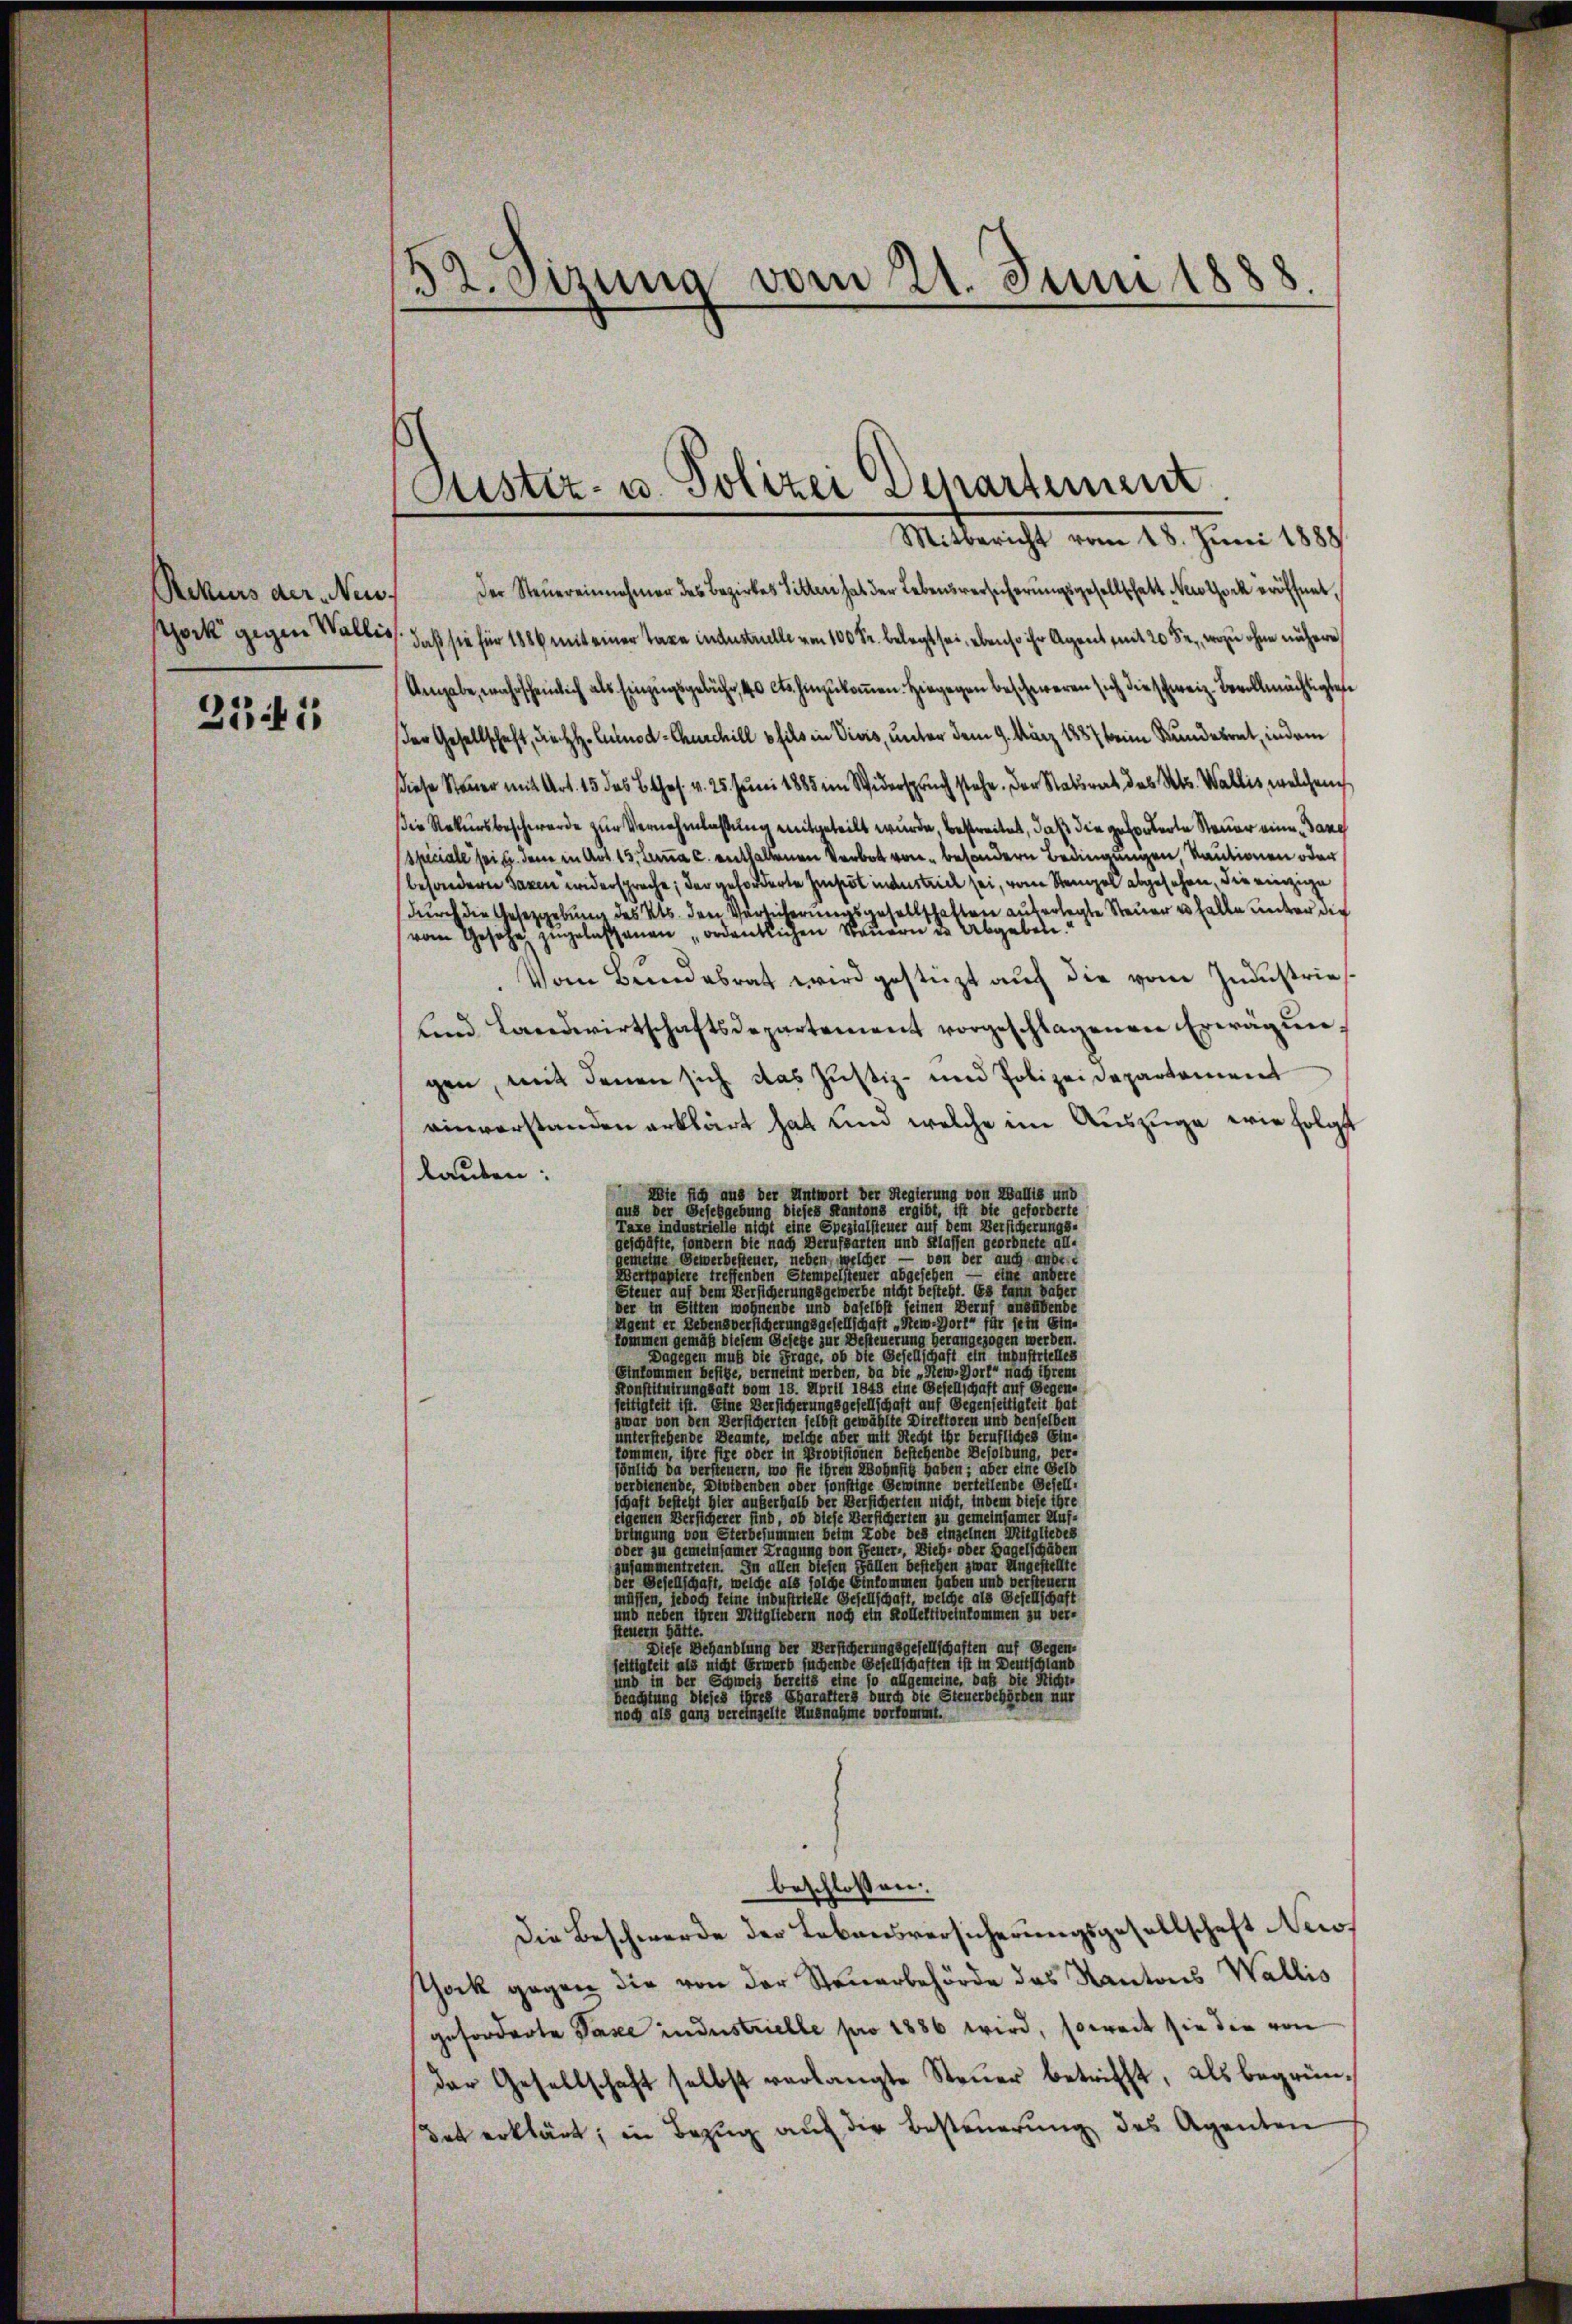
Rekurs der Neiss
stock gegen Wallis

3341

3 2. Sizung vom 21. Juni 1888

Justiz- u. Polizei Departement

Mitbericht vom 18. Juni 1888.
Der Steuereinnehmer des Bezirkes Sitten hat der Lebensversicherungsgesellschaft Nestock eröffnet.
daß sie für 1886 mit einer Taxe industrielle von 100 Fr. belegt sei, ebenso ihr Agent mit 20 Fr., wozu ohne nähere
Angabe, wahrscheinlich als Einzugsgebühr, 40 cts. hinzukommen. Hiegegen beschweren sich die schweiz. Bevollmächtigtete
Der Gesellschaft, die H. Culnod-Chuschill fils in Viers, unter dem 9. März 1887 keine Kundesrat, indem
diese Steuer mit Art. 15 des B. Ges. v. 25. Juni 1885 im Widerspruch stehe. Der Stadtrat des Kts. Wallis, welchen
Die Rekursbeschwerde zur Vernehmlassung mitgeteilt wurde, bestreitet, daß die geforderte Steuer eine Gang
spiciale sei u. Jenne in Art. 15, Lana c. enthaltenen Verbot von besondern Bedingungen, Kautionen oder
besondere Taxen widerspreche; der geforderte Impot industrich sei, von Stempel abgesehen, die einzige
durch die Gesetzgebung des Kts. den Versicherungsgesellschaften auferlegte Steuer u Falle andern die
vom Gesehe zugelassenen „ordentlichen Steuern des Abgeben.
Vom Bundesrat wird gestüzt aus die vom Industries
und Landwirtschaftsdepartement vorgeschlagenen Erwägungen, mit denen sich das Justiz- und Polizeidepartament
einverstanden erklärt hat und welche im Auszüge wie folgt
lauben:
Abte sich aus der Antwort der Regierung von Wallis und
aus der Geselgebung dieses Kantons ergibt, ist die geforderte
Taxe industrielle nicht eine Spezialsteuer auf dem Versicherungs-
geschäfte, sondern die nach Berufsarten und Klassen geordnete all-
gemeine Gewerbesteuer, neben, welcher — von der auch ausre
Wertpapiere treffenden Stempelsteuer abgesehen — eine anbere
Steuer auf dem Versicherungsgewerbe nicht besteht Es kann daher
der in Sitten wohnende und daselbst seinen Beruf ausübende
Eigent er Lebensversicherungsgesellschaft „Rew-Dort für sein Ein-
kommen gemäß diesem Gesetze zur Besteuerung herangezogen werden.
Dagegen muß die Frage, ob die Gesellschaft ein Inpustrielles
Einkommen besitze, verneint werden, da die „New-Hort“ nach ihrem
Konstituirungsatt vom 18. April 1848 eine Gesellschaft auf Segen-
seitigkeit ist. Eine Versicherungsgesellschaft auf Gegenseitigkeit hat
zwar von den Versicherten selbst gewählte Direktoren und denselben
unterstehende Beamte, welche über mit Recht ihr berufliches Ein-
kommen, ihre fire oder in Provisionen bestehende Besoldung, ver-
sönlich da versteuern, wo sie ihren Wohnsitz haben; aber eine Geld
verbienende, Diothenden oder sonstige Gewinne verteilende Gesell-
schaft besteht hier außerhalb der Versicherten nicht, indem diese ihre
eigenen Versicherer find, ob diese Versicherten zu gemeinsamer Auf-
bringung von Sterbesummen beim Tode des einzelnen Mitgliedes
oder zu gemeinsamer Tragung von Feuer-, Vieh- oder Hagelschaben
zusammentreten. In allen diesen Fällen bestehen zwar Angestellte
der Gesellschaft, welche als solche Einkommen haben und versteuern
müssen, jedoch keine industrielle Gesellschaft welche als Gesellschaft
und neben ihren Mitgliedern noch ein Kollektiveinkommen zu ver-
steuern hätte.
Diese Behandlung der Versicherungsgesellschaften auf Gegen.
seitigkeit als nicht Erwerb suchende Gesellschaften ist in Deutschländ
und in der Schweiz bereits eine so allgemeine, daß die Nichte
beachtung dieses ihres Charakters durch die Steuerbehörden nur
noch als ganz vereinzelte Ausnahme vorfor

Die Beschwerde der Lebensversicherungsgesellschaft News
sthock gegen die von der Steuerbehörde des Kantons Wallis
geforderte Taxe industrielle pro 1886 wird, soweit sie die von
der Gesellschaft selbst verlangte Steŭer betrifft, als begründet erklärt, in Bezug auf die Besteuerung des Agenten

beschlossen: